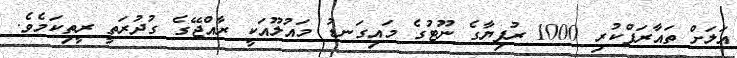
އަލަށް ތައާރަފްކުރި 1000 ރުފިޔާގެ ނޫޓުގެ މައިގަނޑު މައުލޫއަކީ ރާއްޖޭގެ ގުދުރަތީ ރީތިކަމެވެ.